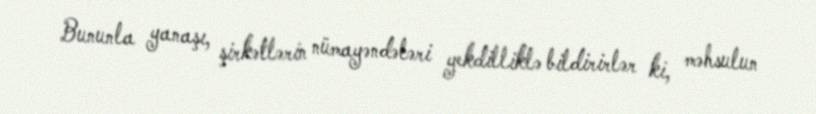
Bununla yanaşı, şirkətlərin nümayəndələri yekdilliklə bildirirlər ki, məhsulun